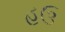
હઉ